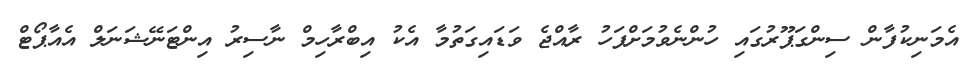
އެމަނިކުފާން ސިންގަޕޫރުގައި ހުންނެވުމަށްފަހު ރާއްޖެ ވަޑައިގަތުމާ އެކު އިބްރާހިމް ނާސިރު އިންޓަނޭޝަނަލް އެއާޕޯޓް